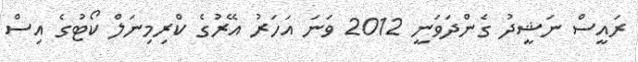
ރައީސް ނަޝީދު ގެންދަވަނީ 2012 ވަނަ އަހަރު އޭރުގެ ކްރިމިނަލް ކޯޓުގެ އިސް